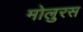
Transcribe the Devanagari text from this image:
मोलुरस